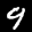
Label: 9